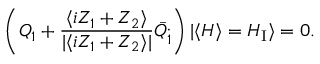
\left( Q _ { 1 } + \frac { \langle i Z _ { 1 } + Z _ { 2 } \rangle } { | \langle i Z _ { 1 } + Z _ { 2 } \rangle | } \bar { Q } _ { \dot { 1 } } \right) | \langle H \rangle = H _ { \mathrm { I } } \rangle = 0 .